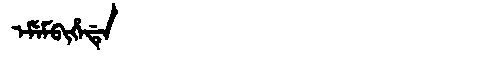
Manchu: ᡝᠮᡝᠮᠪᡳᡥᡝᡩᡝ
Romanization: EMEMBIHEDE